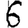
Digit: 6